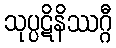
သုပ္ပဋိနိဿဂ္ဂီ